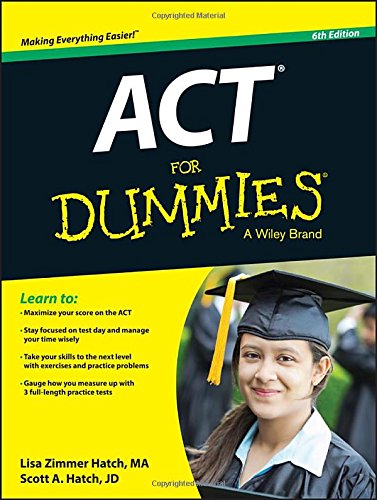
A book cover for ACT For Dummies; Lisa Zimmer Hatch; Test Preparation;